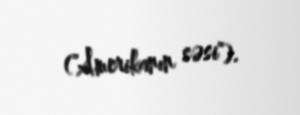
("Amerikanın səsi").